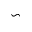
\backsim